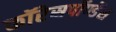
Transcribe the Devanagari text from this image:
कॉरेसपॉण्डेंस